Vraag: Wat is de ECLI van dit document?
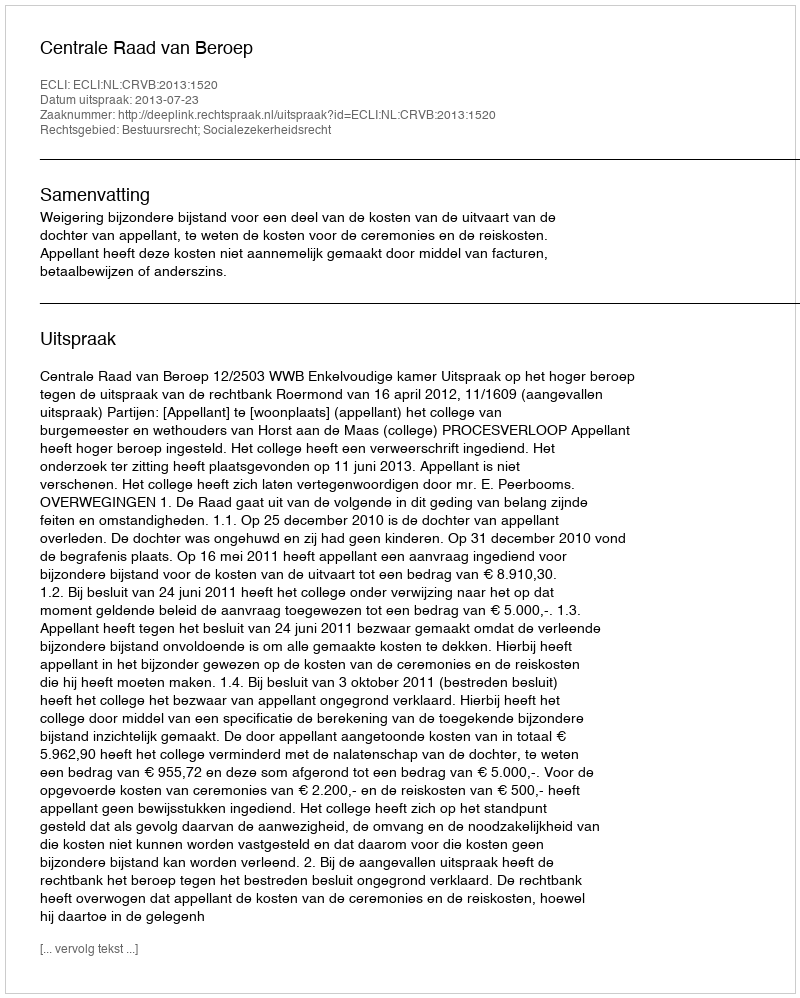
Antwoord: ECLI:NL:CRVB:2013:1520